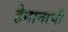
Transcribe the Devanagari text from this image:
हेनानाची